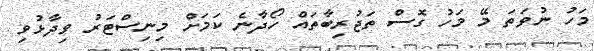
މަހު ނުވަތަ މޭ މަހު ގޮސް ތަޖުރިބާތައް ހޯދާނެ ކަމަށް މިނިސްޓަރު ވިދާޅުވި